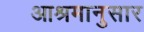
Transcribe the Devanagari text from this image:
आश्रमानुसार